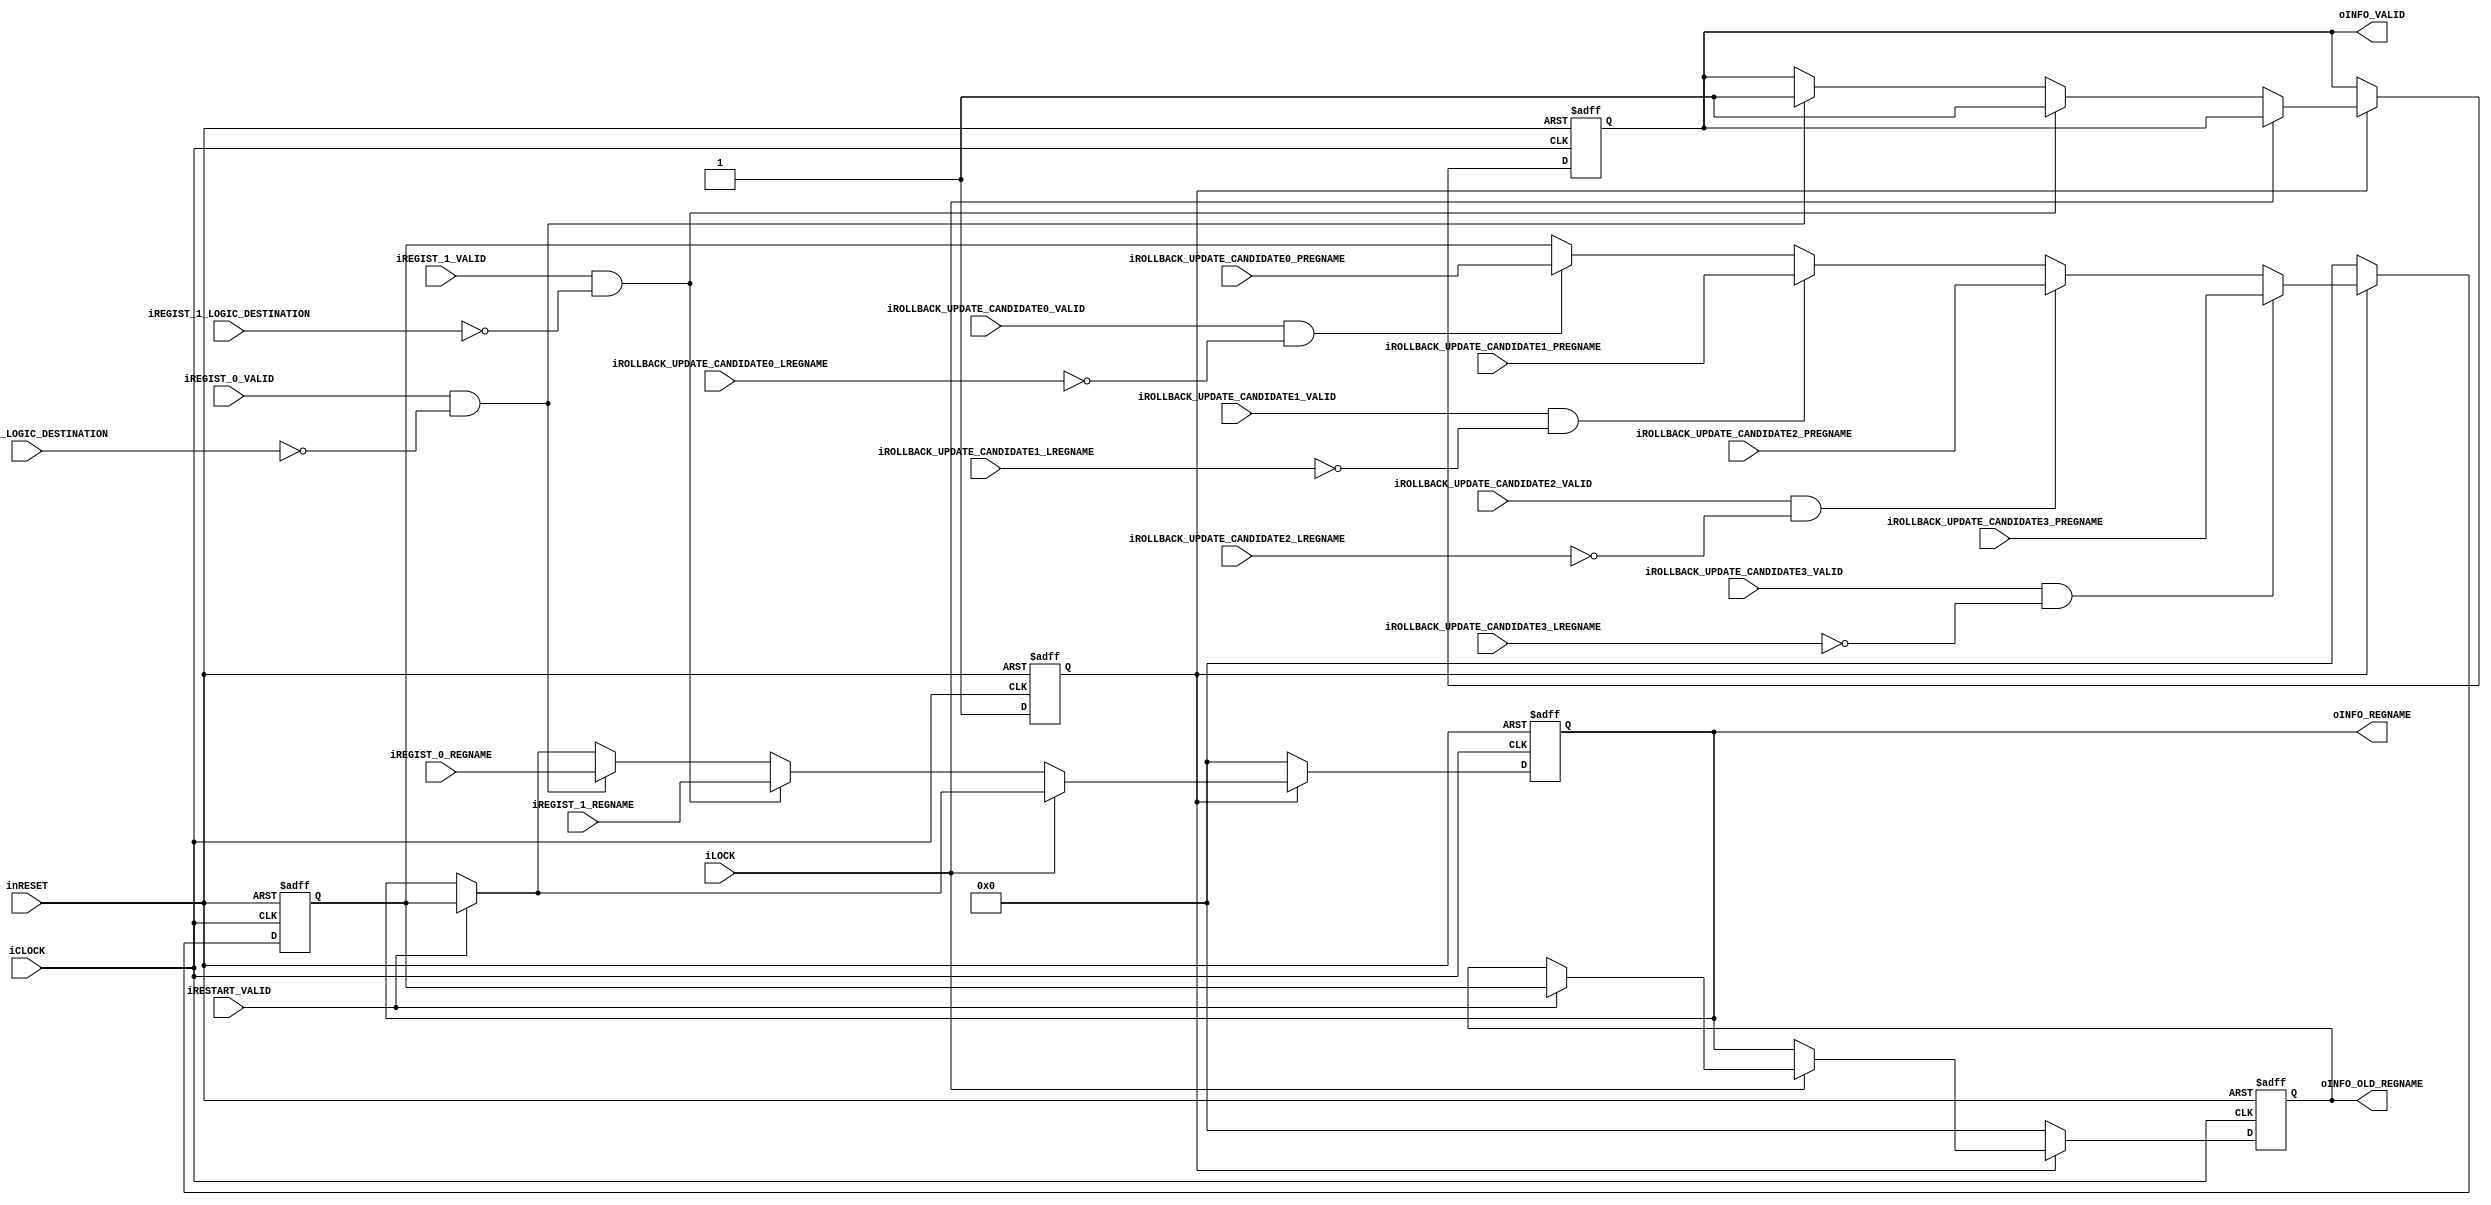
module register_renaming_table #(
		parameter ENTRY_ID = 5'h0
	)(
		//System
		input wire iCLOCK,
		input wire inRESET,
		//Restart
		input wire iRESTART_VALID,	
		//Rolback Point
		input wire iROLLBACK_UPDATE_CANDIDATE0_VALID,	
		input wire [4:0] iROLLBACK_UPDATE_CANDIDATE0_LREGNAME,	
		input wire [5:0] iROLLBACK_UPDATE_CANDIDATE0_PREGNAME,	
		input wire iROLLBACK_UPDATE_CANDIDATE1_VALID,		
		input wire [4:0] iROLLBACK_UPDATE_CANDIDATE1_LREGNAME,	
		input wire [5:0] iROLLBACK_UPDATE_CANDIDATE1_PREGNAME,	
		input wire iROLLBACK_UPDATE_CANDIDATE2_VALID,		
		input wire [4:0] iROLLBACK_UPDATE_CANDIDATE2_LREGNAME,	
		input wire [5:0] iROLLBACK_UPDATE_CANDIDATE2_PREGNAME,	
		input wire iROLLBACK_UPDATE_CANDIDATE3_VALID,			
		input wire [4:0] iROLLBACK_UPDATE_CANDIDATE3_LREGNAME,	
		input wire [5:0] iROLLBACK_UPDATE_CANDIDATE3_PREGNAME,
		//input wire [5:0] iRESTART_REGNAME,			2012/01/24
		//Lock
		input wire iLOCK,
		//Regist
		input wire iREGIST_0_VALID,
		input wire [4:0] iREGIST_0_LOGIC_DESTINATION,
		input wire [5:0] iREGIST_0_REGNAME,
		input wire iREGIST_1_VALID,
		input wire [4:0] iREGIST_1_LOGIC_DESTINATION,
		input wire [5:0] iREGIST_1_REGNAME,
		//Info
		output wire oINFO_VALID,
		output wire [5:0] oINFO_REGNAME,
		output wire [5:0] oINFO_OLD_REGNAME
	);

	reg b_state;
	reg b_valid;				
	reg [5:0] b_regname;
	reg [5:0] bb_regname;
	reg [5:0] b_rollback_point;
	


	always@(posedge iCLOCK or negedge inRESET)begin
		if(!inRESET)begin
			b_state <= 1'b0;
			b_valid <= 1'b0;
			b_regname <= {6{1'b0}};
			bb_regname <= {6{1'b0}};
			b_rollback_point <= {6{1'b0}};
		end			
		else begin
			case(b_state)
				1'b0 :	
					begin
						b_state <= 1'b1;
						b_regname <= {1'b0, ENTRY_ID[4:0]};
						bb_regname <= {1'b0, ENTRY_ID[4:0]};
						b_rollback_point <= {1'b0, ENTRY_ID[4:0]};
					end
				default :
					begin
						//Rollback!
						if(iRESTART_VALID)begin		/*	
							if(iROLLBACK_UPDATE_CANDIDATE3_VALID && iROLLBACK_UPDATE_CANDIDATE3_LREGNAME == ENTRY_ID[4:0])begin	
								b_regname <= iROLLBACK_UPDATE_CANDIDATE3_PREGNAME;
								bb_regname <= iROLLBACK_UPDATE_CANDIDATE3_PREGNAME;
							end
							else if(iROLLBACK_UPDATE_CANDIDATE2_VALID && iROLLBACK_UPDATE_CANDIDATE2_LREGNAME == ENTRY_ID[4:0])begin	
								b_regname <= iROLLBACK_UPDATE_CANDIDATE2_PREGNAME;
								bb_regname <= iROLLBACK_UPDATE_CANDIDATE2_PREGNAME;
							end
							else if(iROLLBACK_UPDATE_CANDIDATE1_VALID && iROLLBACK_UPDATE_CANDIDATE1_LREGNAME == ENTRY_ID[4:0])begin	
								b_regname <= iROLLBACK_UPDATE_CANDIDATE1_PREGNAME;
								bb_regname <= iROLLBACK_UPDATE_CANDIDATE1_PREGNAME;
							end
							else if(iROLLBACK_UPDATE_CANDIDATE0_VALID && iROLLBACK_UPDATE_CANDIDATE0_LREGNAME == ENTRY_ID[4:0])begin	
								b_regname <= iROLLBACK_UPDATE_CANDIDATE0_PREGNAME;
								bb_regname <= iROLLBACK_UPDATE_CANDIDATE0_PREGNAME;
							end
							else begin*/
								b_regname <= b_rollback_point;
								bb_regname <= b_rollback_point;
							//end
						end
						//Rollback Regname Update - 2012/01/24
						if(iROLLBACK_UPDATE_CANDIDATE3_VALID && iROLLBACK_UPDATE_CANDIDATE3_LREGNAME == ENTRY_ID[4:0])begin	
							b_rollback_point <= iROLLBACK_UPDATE_CANDIDATE3_PREGNAME;
						end
						else if(iROLLBACK_UPDATE_CANDIDATE2_VALID && iROLLBACK_UPDATE_CANDIDATE2_LREGNAME == ENTRY_ID[4:0])begin	
							b_rollback_point <= iROLLBACK_UPDATE_CANDIDATE2_PREGNAME;
						end
						else if(iROLLBACK_UPDATE_CANDIDATE1_VALID && iROLLBACK_UPDATE_CANDIDATE1_LREGNAME == ENTRY_ID[4:0])begin	
							b_rollback_point <= iROLLBACK_UPDATE_CANDIDATE1_PREGNAME;
						end
						else if(iROLLBACK_UPDATE_CANDIDATE0_VALID && iROLLBACK_UPDATE_CANDIDATE0_LREGNAME == ENTRY_ID[4:0])begin	
							b_rollback_point <= iROLLBACK_UPDATE_CANDIDATE0_PREGNAME;
						end
						//Now Register Pointer Update
						/*if(iRESTART_VALID)begin
							b_regname	 <= iRESTART_REGNAME;
							bb_regname	 <= iRESTART_REGNAME;
						end
						else */
						//Normal State - Rename Table Update
						if(!iLOCK)begin
							bb_regname <= b_regname;
							if(iREGIST_1_VALID && ENTRY_ID[4:0] == iREGIST_1_LOGIC_DESTINATION)begin
								b_valid <= 1'b1;
								b_regname <= iREGIST_1_REGNAME;
							end
							else if(iREGIST_0_VALID && ENTRY_ID[4:0] == iREGIST_0_LOGIC_DESTINATION)begin
								b_valid <= 1'b1;
								b_regname <= iREGIST_0_REGNAME;
							end
						end
					end
			endcase
		end
	end //always
	
	
	//Assign
	assign oINFO_VALID = b_valid;
	assign oINFO_REGNAME = b_regname;
	assign oINFO_OLD_REGNAME = bb_regname;
	
endmodule